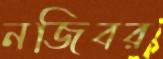
নজিবর